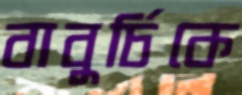
বাবুর্চিকে